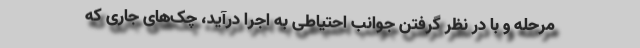
مرحله و با در نظر گرفتن جوانب احتیاطی به اجرا درآید، چک‌های جاری که